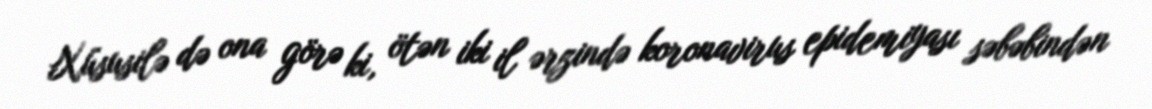
Xüsusilə də ona görə ki, ötən iki il ərzində koronavirus epidemiyası səbəbindən